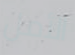
الأمل